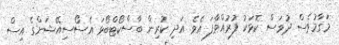
މަގާމުވެސް ދުވަސް ކޮޅަކު ފުރުއްވާފަ އެވެ. އަދި ކުރިން ބާސްކޯޓްބޯޅަ އެސޯސިއޭޝަންގެ އިސް